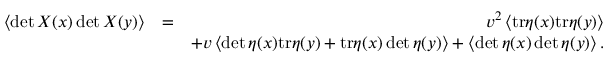
\begin{array} { r l r } { \left\langle \operatorname* { d e t } X ( x ) \operatorname* { d e t } X ( y ) \right\rangle } & { = } & { v ^ { 2 } \left\langle \mathrm { t r } \eta ( x ) \mathrm { t r } \eta ( y ) \right\rangle } \\ & { } & { + v \left\langle \operatorname* { d e t } \eta ( x ) \mathrm { t r } \eta ( y ) + \mathrm { t r } \eta ( x ) \operatorname* { d e t } \eta ( y ) \right\rangle + \left\langle \operatorname* { d e t } \eta ( x ) \operatorname* { d e t } \eta ( y ) \right\rangle . } \end{array}